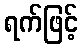
ရက်ဖြင့်